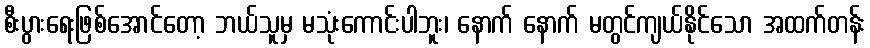
စီးပွားရေးဖြစ်အောင်တော့ ဘယ်သူမှ မသုံးကောင်းပါဘူး၊ နောက် နောက် မတွင်ကျယ်နိုင်သော အထက်တန်း